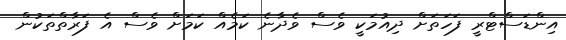
އިންޑަސްޓްރީ ފަހަތަށް ދިއުމަކީ ވެސް ވެދާނެ ކަމެއް ކަމަށް ވެސް އެ ފަރާތްތަކުން